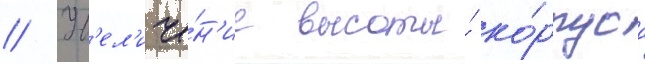
// Ув'ел'иче́н'ие высоты́ ко́рпуса